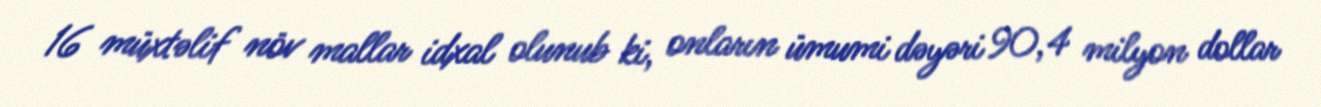
16 müxtəlif növ mallar idxal olunub ki, onların ümumi dəyəri 90,4 milyon dollar